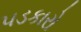
પડકારો